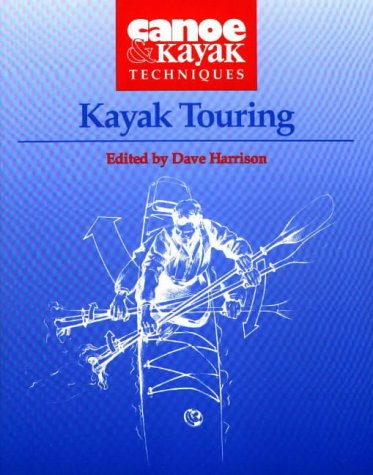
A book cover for Kayak Touring (Canoe & Kayak Techniques); Sports & Outdoors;